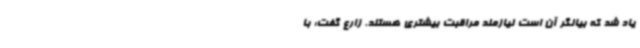
یاد شد که بیانگر آن است نیازمند مراقبت بیشتری هستند. زارع گفت: با